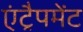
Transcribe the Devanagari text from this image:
एंट्रैपमेंट